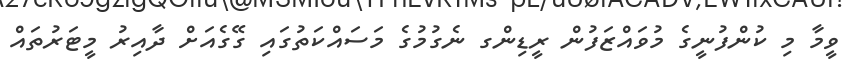
ވީމާ މި ކުންފުނީގެ މުވައްޒަފުން ރީޑިންގ ނެގުމުގެ މަސައްކަތުގައި ގޭގެއަށް ދާއިރު މީޓަރުތައް